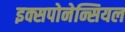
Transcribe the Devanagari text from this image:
इक्सपोनेन्सियल